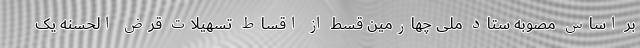
بر اساس مصوبه ستاد ملی چهارمین قسط از اقساط تسهیلات قرض الحسنه یک